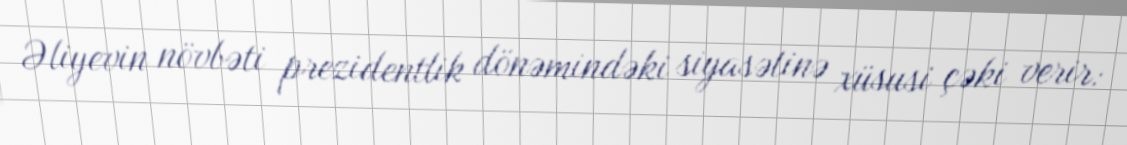
Əliyevin növbəti prezidentlik dönəmindəki siyasətinə xüsusi çəki verir: